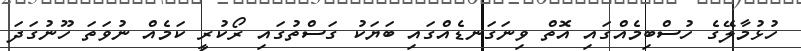
ހުޅުމާލޭގެ ހުސްބިމެއްގައި އޮތް ވިނަގަނޑެއްގައި ބަޔަކު ގަސްތުގައި ރޯކުރީ ކަމެއް ނުވަތަ ހޫނުގަދަ